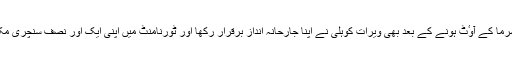
روہت شرما کے آوٴٹ ہونے کے بعد بھی ویرات کوہلی نے اپنا جارحانہ انداز برقرار رکھا اور ٹورنامنٹ میں اپنی ایک اور نصف سنچری مکمل کی۔